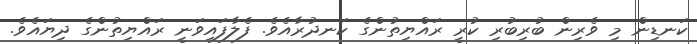
ކަނޑިން މި ވެރިން ބުރިބުރި ކުރީ ރައްޔިތުންގެ ކަނދުރާއެވެ. ފެލާފައިވަނީ ރައްޔިތުންގެ ދިޔައެވެ.